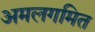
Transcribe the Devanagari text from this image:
अमलगमित